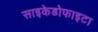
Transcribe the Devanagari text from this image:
साइकेडोफाइटा